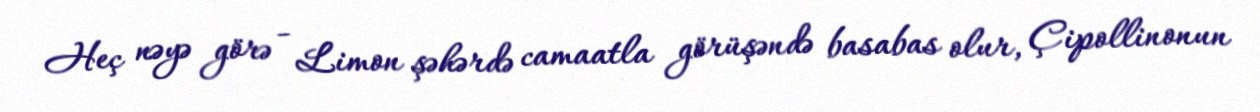
Heç nəyə görə - Limon şəhərdə camaatla görüşəndə basabas olur, Çipollinonun